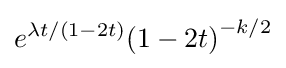
e^{\lambda t/(1-2t)}{\left(1-2t\right)}^{-k/2}